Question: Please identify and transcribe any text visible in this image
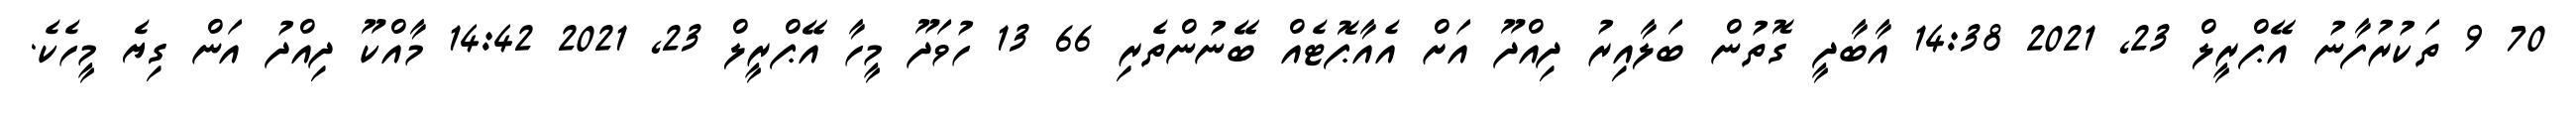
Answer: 70 9 ތަކުރުފާނު އޭޕްރީލް 23, 2021 14:38 އާބާދީ ގޮތުން ބަލާއިރު ދިއްދޫ އަށް އެއާޕޮޓެއް ބޭނުންތެރި 66 13 ހުވަދޫ މީހާ އޭޕްރީލް 23, 2021 14:42 މާއްކޫ ދިއްދު އަން ގިޔެ މީހެކެ.